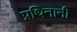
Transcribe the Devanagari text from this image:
प्रथिनानी